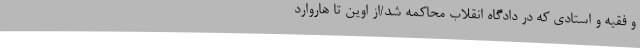
و فقیه و استادی که در دادگاه انقلاب محاکمه شد/از اوین تا هاروارد -